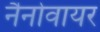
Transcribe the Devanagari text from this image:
नैनोवायर